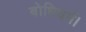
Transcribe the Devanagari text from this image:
बोधिधर्म।